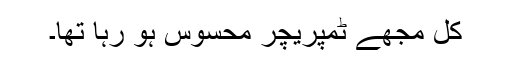
کل مجھے ٹمپریچر محسوس ہو رہا تھا۔